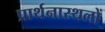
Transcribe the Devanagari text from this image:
प्रार्थनास्थलों